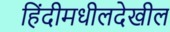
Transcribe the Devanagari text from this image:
हिंदीमधीलदेखील